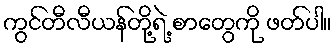
ကွင်တီလီယန်တို့ရဲ့ စာတွေကို ဖတ်ပါ။